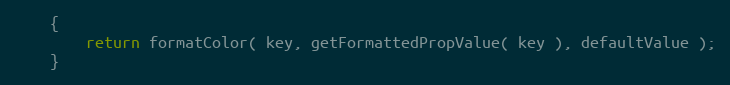
Language: Java
    {
        return formatColor( key, getFormattedPropValue( key ), defaultValue );
    }